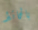
بالحائط